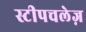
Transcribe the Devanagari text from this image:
स्टीपचलेज़